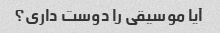
آیا موسیقی را دوست داری؟